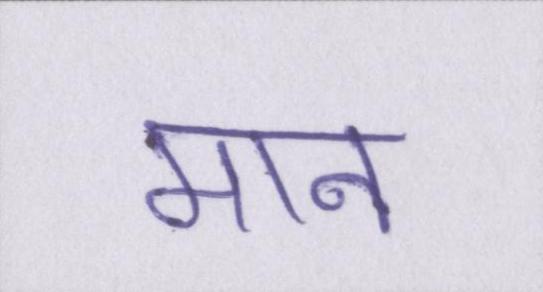
मान